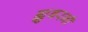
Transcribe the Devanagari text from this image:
ह्युबरनी